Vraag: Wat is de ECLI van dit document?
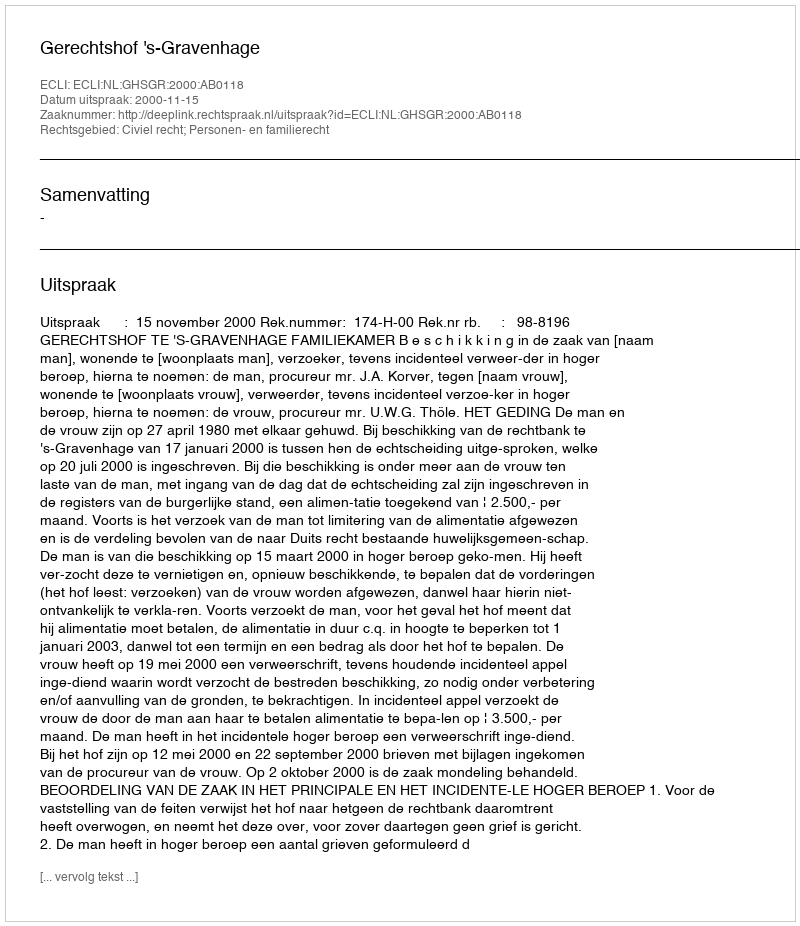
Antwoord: ECLI:NL:GHSGR:2000:AB0118